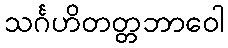
သင်္ဂဟိတတ္တဘာဝေါ